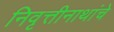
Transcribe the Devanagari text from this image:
निवृत्तीनाथांचे